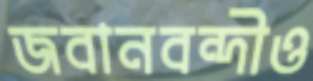
জবানবন্দীও